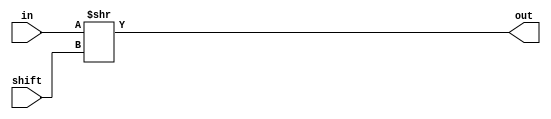

module shr_logic(
	input wire [31:0] in,
	input wire [31:0] shift,
	output wire [31:0] out
);
	assign out[31:0] = in >> shift;

endmodule